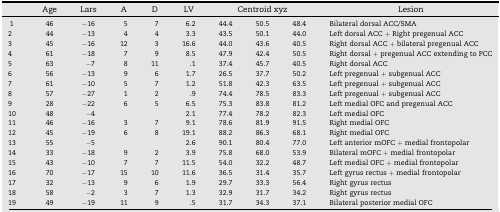
<table><thead><tr><td></td><td><b>Age</b></td><td><b>Lars</b></td><td><b>A</b></td><td><b>D</b></td><td><b>LV</b></td><td colspan="3"><b>Centroid xyz</b></td><td><b>Lesion</b></td></tr></thead><tbody><tr><td>1</td><td>46</td><td>−16</td><td>5</td><td>7</td><td>6.2</td><td>44.4</td><td>50.5</td><td>48.4</td><td>Bilateral dorsal ACC/SMA</td></tr><tr><td>2</td><td>44</td><td>−13</td><td>4</td><td>4</td><td>3.3</td><td>43.5</td><td>50.1</td><td>44.0</td><td>Left dorsal ACC + Right pregenual ACC</td></tr><tr><td>3</td><td>45</td><td>−16</td><td>12</td><td>3</td><td>16.6</td><td>44.0</td><td>43.6</td><td>40.5</td><td>Right dorsal ACC + bilateral pregenual ACC</td></tr><tr><td>4</td><td>61</td><td>−18</td><td>7</td><td>9</td><td>8.5</td><td>47.9</td><td>42.4</td><td>50.5</td><td>Right dorsal + pregenual ACC extending to PCC</td></tr><tr><td>5</td><td>63</td><td>−7</td><td>8</td><td>11</td><td>.1</td><td>37.4</td><td>45.7</td><td>40.5</td><td>Right dorsal ACC</td></tr><tr><td>6</td><td>56</td><td>−13</td><td>9</td><td>6</td><td>1.7</td><td>26.5</td><td>37.7</td><td>50.2</td><td>Left pregenual + subgenual ACC</td></tr><tr><td>7</td><td>61</td><td>−10</td><td>5</td><td>7</td><td>1.2</td><td>51.8</td><td>42.3</td><td>63.5</td><td>Left pregenual + subgenual ACC</td></tr><tr><td>8</td><td>57</td><td>−27</td><td>1</td><td>2</td><td>.9</td><td>74.4</td><td>78.5</td><td>83.3</td><td>Left pregenual + subgenual ACC</td></tr><tr><td>9</td><td>28</td><td>−22</td><td>6</td><td>5</td><td>6.5</td><td>75.3</td><td>83.8</td><td>81.2</td><td>Left medial OFC and pregenual ACC</td></tr><tr><td>10</td><td>48</td><td>−4</td><td></td><td></td><td>2.1</td><td>77.4</td><td>78.2</td><td>82.3</td><td>Left medial OFC</td></tr><tr><td>11</td><td>46</td><td>−16</td><td>3</td><td>7</td><td>9.1</td><td>78.6</td><td>81.9</td><td>91.5</td><td>Right medial OFC</td></tr><tr><td>12</td><td>45</td><td>−19</td><td>6</td><td>8</td><td>19.1</td><td>88.2</td><td>86.3</td><td>68.1</td><td>Right medial OFC</td></tr><tr><td>13</td><td>55</td><td>−5</td><td></td><td></td><td>2.6</td><td>90.1</td><td>80.4</td><td>77.0</td><td>Left anterior mOFC + medial frontopolar</td></tr><tr><td>14</td><td>33</td><td>−18</td><td>9</td><td>2</td><td>3.9</td><td>75.8</td><td>68.0</td><td>53.9</td><td>Bilateral mOFC + medial frontopolar</td></tr><tr><td>15</td><td>43</td><td>−10</td><td>7</td><td>7</td><td>11.5</td><td>54.0</td><td>32.2</td><td>48.7</td><td>Left medial OFC + medial frontopolar</td></tr><tr><td>16</td><td>70</td><td>−17</td><td>15</td><td>10</td><td>11.6</td><td>36.5</td><td>31.4</td><td>35.7</td><td>Left gyrus rectus + medial frontopolar</td></tr><tr><td>17</td><td>32</td><td>−13</td><td>9</td><td>6</td><td>1.9</td><td>29.7</td><td>33.3</td><td>56.4</td><td>Right gyrus rectus</td></tr><tr><td>18</td><td>58</td><td>−2</td><td>3</td><td>7</td><td>1.3</td><td>32.9</td><td>31.7</td><td>34.2</td><td>Right gyrus rectus</td></tr><tr><td>19</td><td>49</td><td>−19</td><td>11</td><td>9</td><td>.5</td><td>31.7</td><td>34.3</td><td>37.1</td><td>Bilateral posterior medial OFC</td></tr></tbody></table>